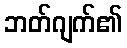
ဘတ်ဂျက်၏